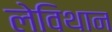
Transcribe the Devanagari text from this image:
लेविथान